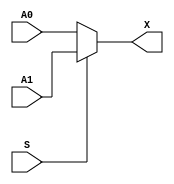
/*

`ifndef SKY130_FD_SC_HD__MUX2_FUNCTIONAL_V
`define SKY130_FD_SC_HD__MUX2_FUNCTIONAL_V

`timescale 1ns / 1ps
`default_nettype none

*/

module sky130_fd_sc_hd__mux2_1(
	X,
	S,
	A1,
	A0);

input S;
input A1;
input A0;
output X;

assign X = (S == 1'b1)? A1:A0;

endmodule

/*
`default_nettype wire
`endif  // SKY130_FD_SC_HD__MUX2_FUNCTIONAL_V
*/